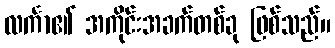
လင်္ကာ၏ အကိုင်းအခက်တစ်ခု ဖြစ်သည်။